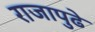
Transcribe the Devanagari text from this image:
राजापुढे